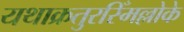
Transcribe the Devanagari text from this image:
यथाक्रतुरस्मिँल्लोके